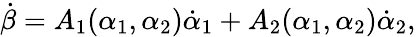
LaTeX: \dot{\beta}=A_{1}(\alpha_{1},\alpha_{2})\dot{\alpha}_{1}+A_{2}(\alpha_{1},\alpha_{2})\dot{\alpha}_{2},